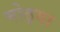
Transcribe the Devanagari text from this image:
मोठ्‍या